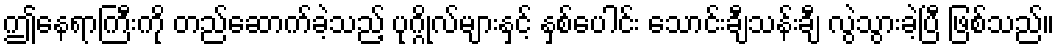
ဤနေရာကြီးကို တည်ဆောက်ခဲ့သည့် ပုဂ္ဂိုလ်များနှင့် နှစ်ပေါင်း သောင်းချီသန်းချီ လွဲသွားခဲ့ပြီ ဖြစ်သည်။